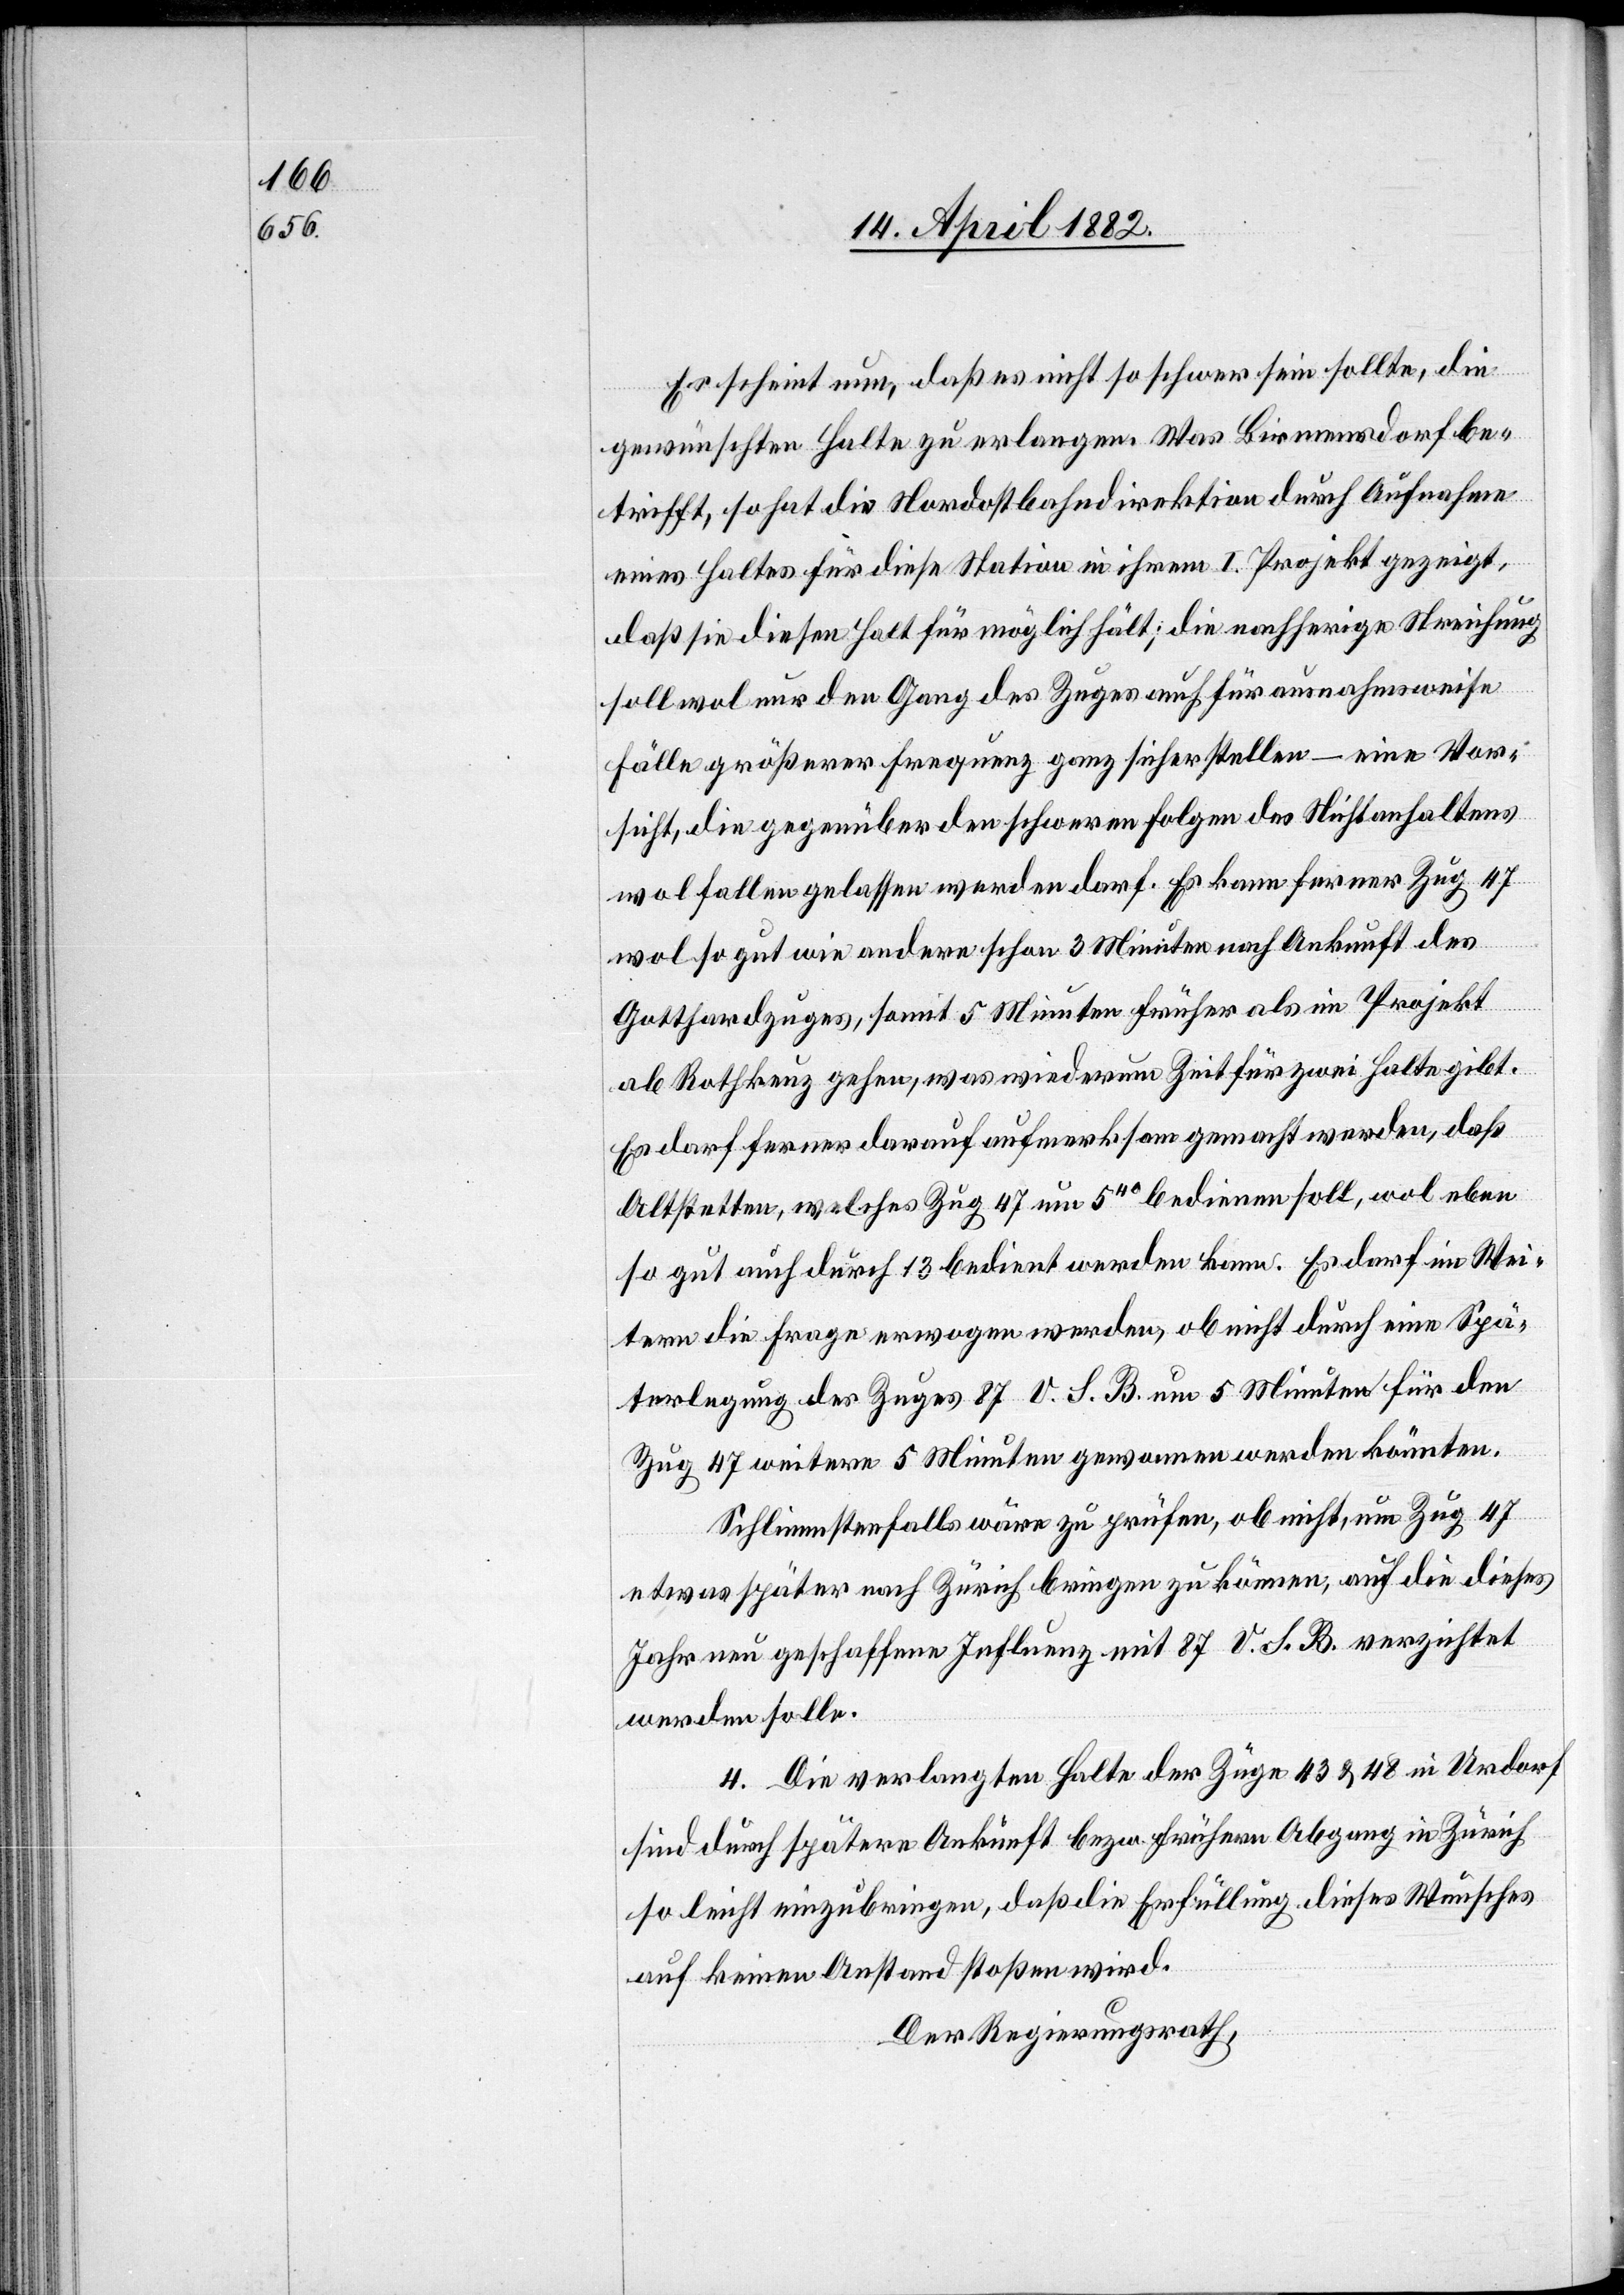
Es scheint nun, daß es nicht so schwer sein sollte, die
gewünschten Halte zu erlangen. Was Birmensdorf be¬
trifft, so hat die Nordostbahndirektion durch Aufnahme
eines Haltes für diese Station in ihrem I. Projekt gezeigt,
daß sie diesen Halt für möglich hält; die nachherige Streichung
soll wol nur den Gang des Zuges auch für ausnahmsweise
Fälle größerer Frequenz ganz sicher stellen – eine Vor¬
sicht, die gegenüber den schweren Folgen des Nichtanhaltens
wol fallen gelassen werden darf. Es kann ferner Zug 47
wol so gut wie andere schon 3 Minuten nach Ankunft des
Gotthardzuges, somit 5 Minuten früher als im Projekt
ab Rothk[r]euz gehen, was wiederum Zeit für zwei Halte gibt.
Es darf ferner darauf aufmerksam gemacht werden, daß
Altstetten, welches Zug 47 um 540 bedienen soll, wol eben
so gut auch durch 13 bedient werden kann. Es darf im Wei¬
tern die Frage erwogen werden, ob nicht durch eine Spä¬
terlegung des Zuges 87 V. S. B. um 5 Minuten für den
Zug 47 weitere 5 Minuten gewonnen werden könnten.
Schlimmstenfalls wäre zu prüfen, ob nicht, um Zug 47
etwas später nach Zürich bringen zu können, auf die dieses
Jahr neu geschaffene Influenz mit 87 V. S. B. verzichtet
werden solle.
4. Die verlangten Halte der Züge 43 & 48 in Urdorf
sind durch spätere Ankunft bezw. frühern Abgang in Zürich
so leicht einzubringen, daß die Erfüllung dieses Wunsches
auf keinen Anstand stoßen wird.
Der Regierungsrath,